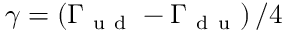
\gamma = \left( \Gamma _ { \mathrm { ~ u ~ d ~ } } - \Gamma _ { \mathrm { ~ d ~ u ~ } } \right) / 4